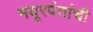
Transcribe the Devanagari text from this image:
मयूरपंतांची